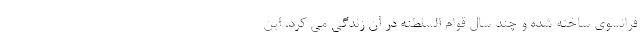
فرانسوی ساخته شده و چند سال قوام السلطنه در آن زندگی می کرد. این